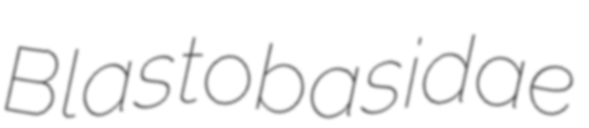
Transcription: Blastobasidae